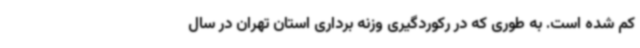
کم شده است. به طوری که در رکوردگیری وزنه برداری استان تهران در سال